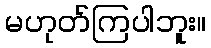
မဟုတ်ကြပါဘူး။